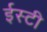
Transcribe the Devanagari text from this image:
ईस्टी